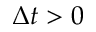
\Delta t > 0